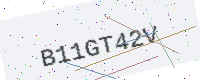
Text: B11GT42V